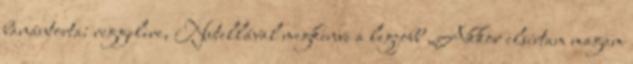
banántorta: reggelire, Nutellával megkenve a legjobb „Akkor elsírtam magam